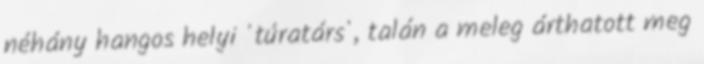
néhány hangos helyi 'túratárs', talán a meleg árthatott meg